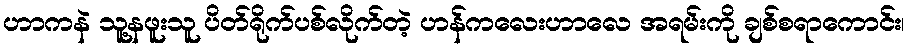
ဟာကနဲ သူ့နဖူးသူ ပိတ်ရိုက်ပစ်လိုက်တဲ့ ဟန်ကလေးဟာလေ အရမ်းကို ချစ်စရာကောင်း၊